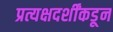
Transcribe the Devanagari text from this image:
प्रत्यक्षदर्शींकडून